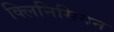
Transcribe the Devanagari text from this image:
क्लिनिसियन